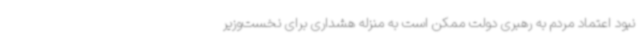
نبود اعتماد مردم به رهبری دولت ممکن است به منزله هشداری برای نخست‌وزیر